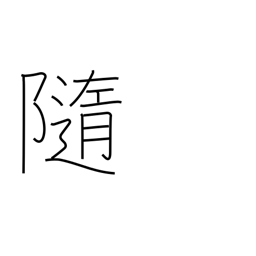
Meaning: at the mercy of (the waves)